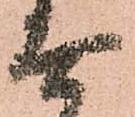
無